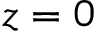
z = 0